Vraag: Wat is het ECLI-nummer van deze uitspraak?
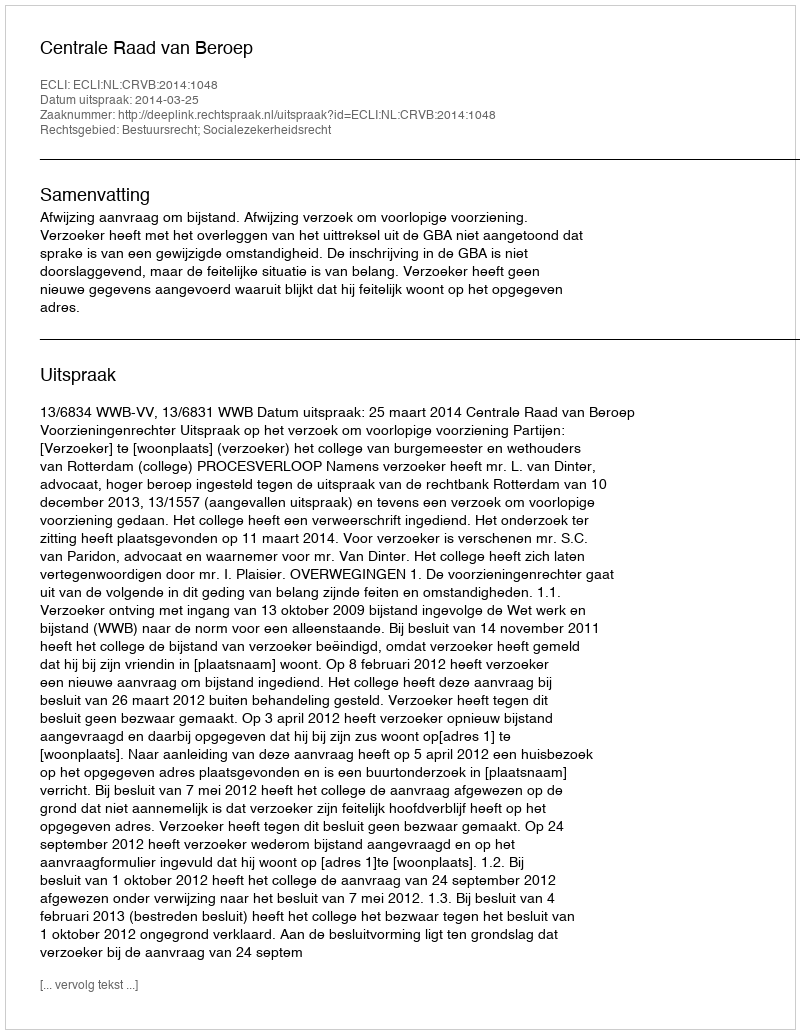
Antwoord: ECLI:NL:CRVB:2014:1048